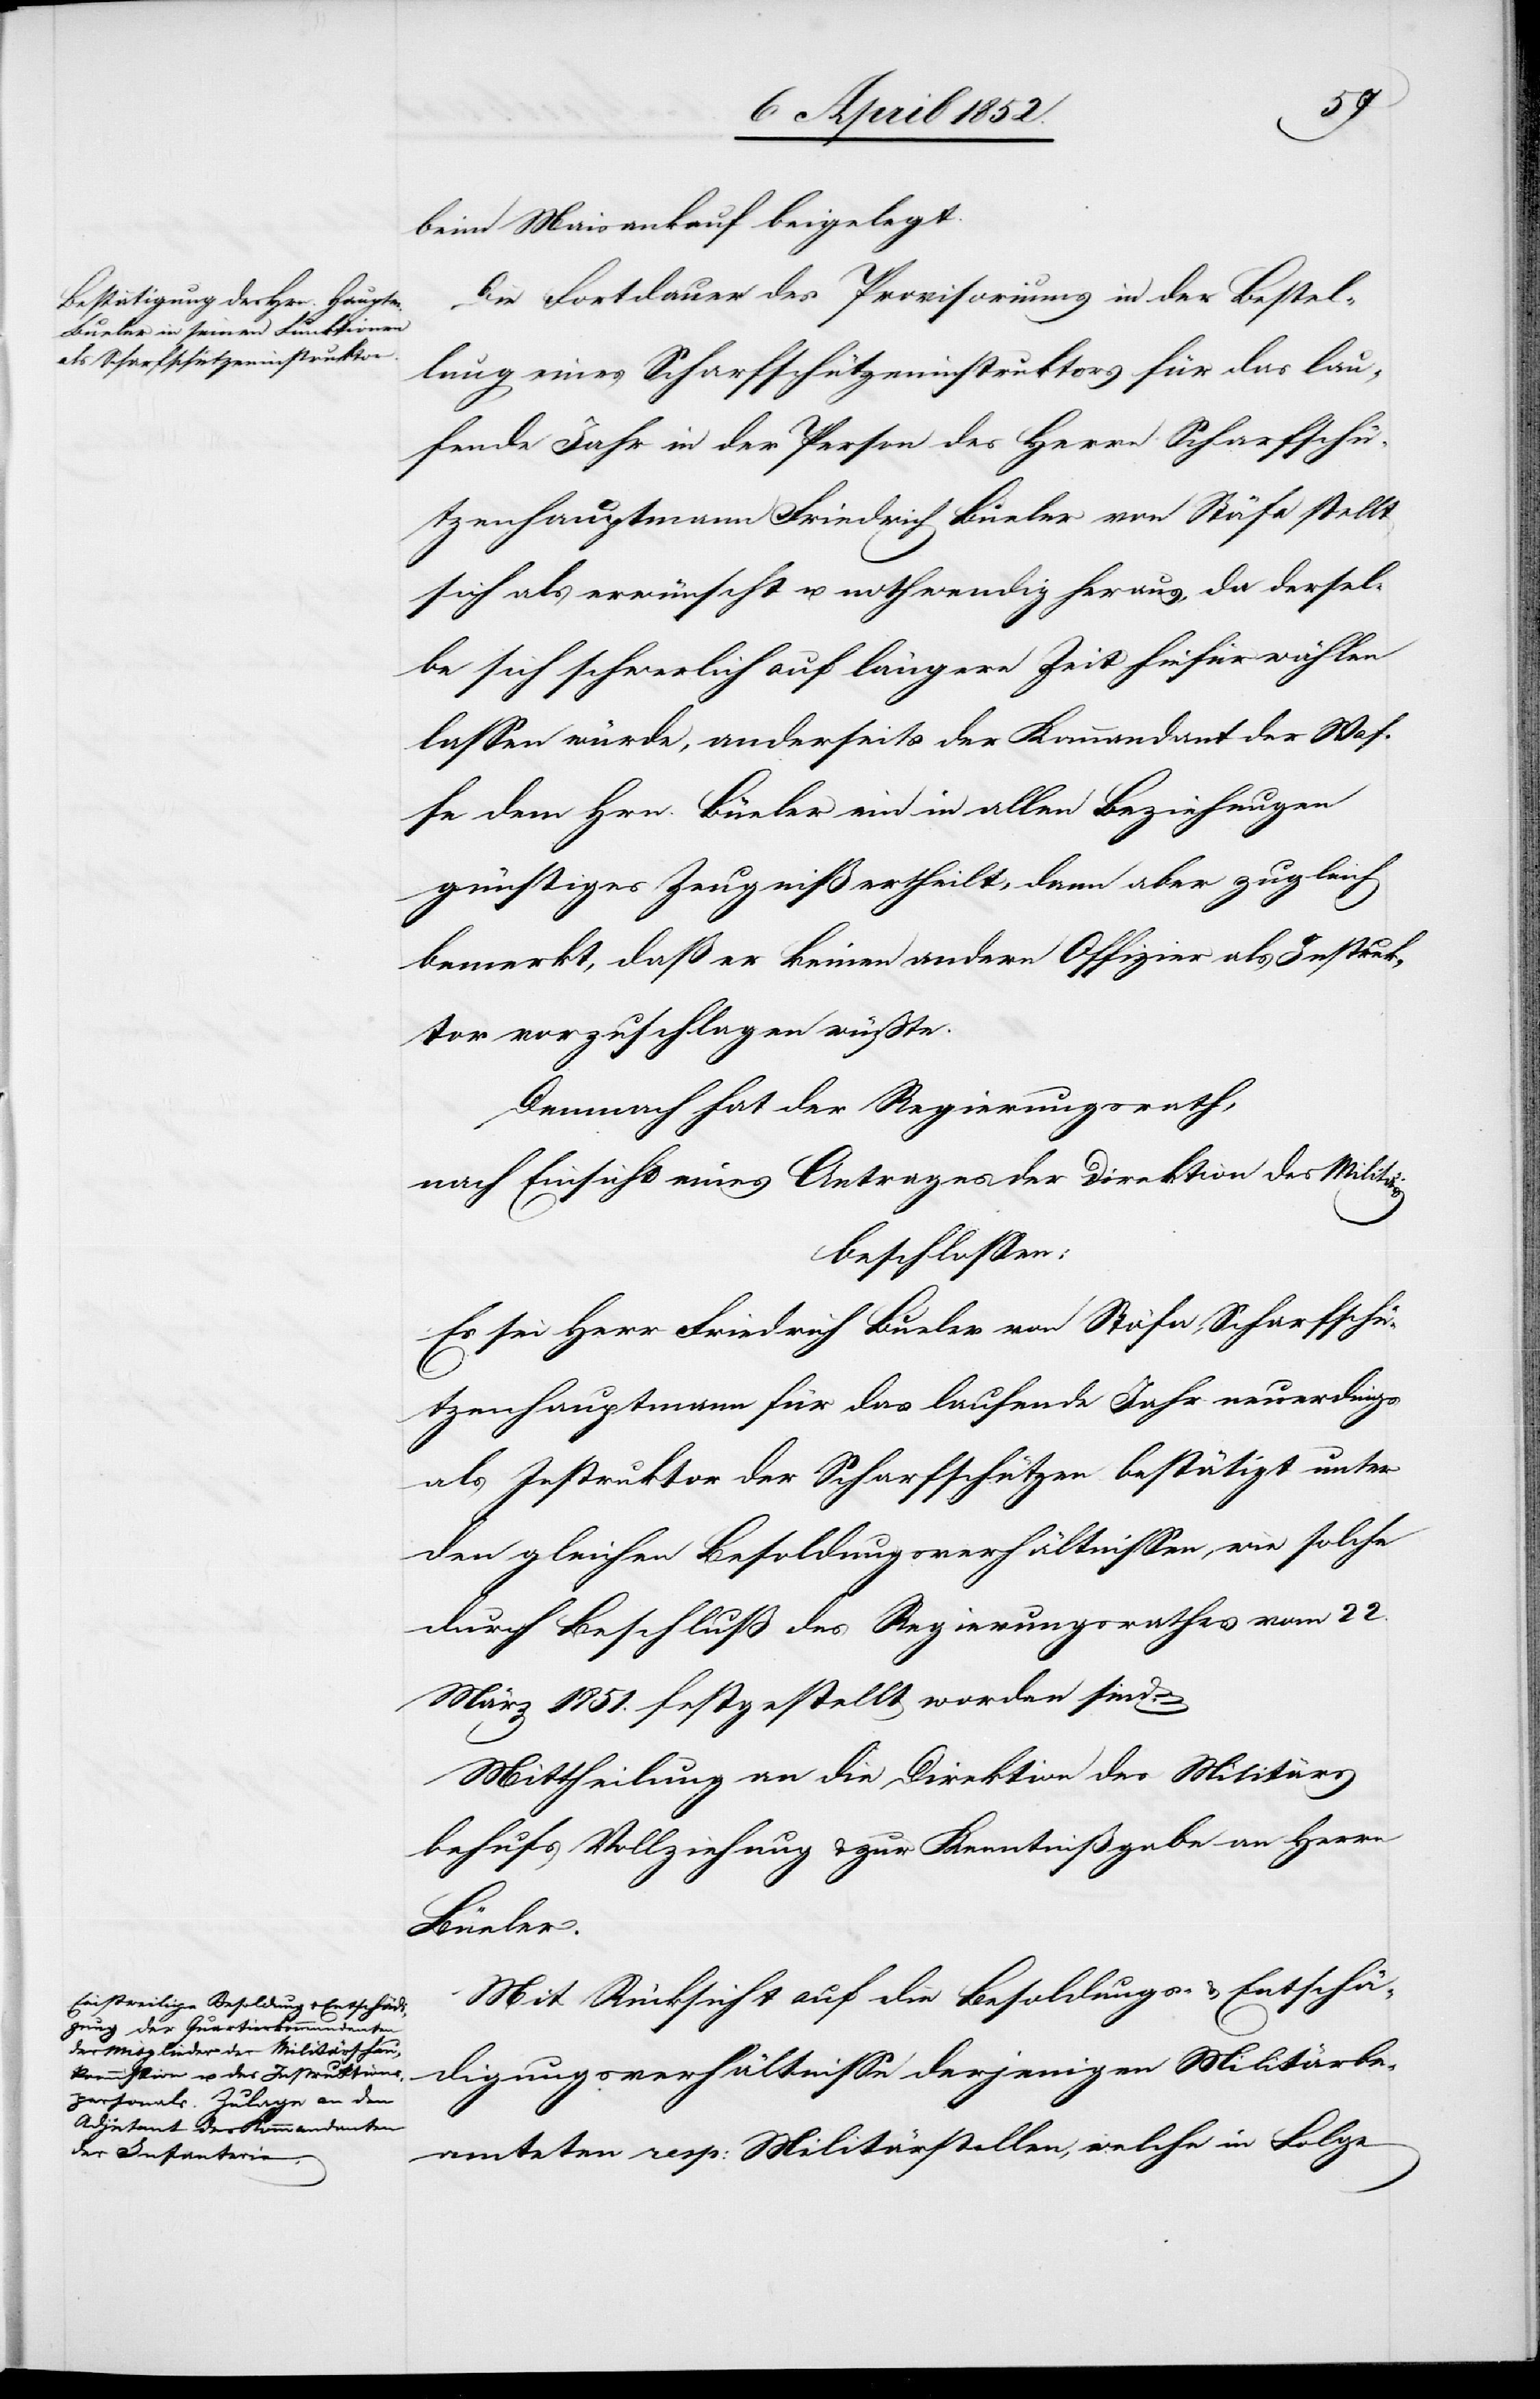
beim Maisankauf beigelegt.
Die Fortdauer des Provisoriums in der Bestel¬
lung eines Scharfschützeninstruktors für das lau¬
fende Jahr in der Person des Herrn Scharfschü¬
tzenhauptmann Friedrich Büeler [sic!] von Stäfa stellt
sich als erwünscht u. nothwendig heraus, da dersel¬
be sich schwerlich auf längere Zeit hiefür wählen
lassen würde, anderseits der Kommandant der Waf¬
fe dem Hrn. Büeler ein in allen Beziehungen
günstiges Zeugniß ertheilt, dann aber zugleich
bemerkt, daß er keinen andern Offizier als Instruk¬
tor vorzuschlagen wüsste.
Demnach hat der Regierungsrath,
nach Einsicht eines Antrages der Direktion des Militärs
beschlossen:
Es sei Herr Friedrich Bueler von Stäfa, Scharfschüt¬
zenhauptmann für das laufende Jahr neuerdings
als Instruktor der Scharfschützen bestätigt unter
den gleichen Besoldungsverhältnissen, wie solche
durch Beschluß des Regierungsrathes vom 22.
März 1851. festgestellt worden sind.
Mittheilung an die Direktion des Militärs
behufs Vollziehung & zur Kenntnißgabe an Herrn
Büeler.
Mit Rücksicht auf die Besoldungs- & Entschä¬
digungsverhältnisse derjenigen Militärbe¬
amteten resp: Militärstellen, welche in Folge